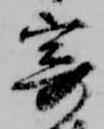
寄